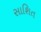
સાશિત